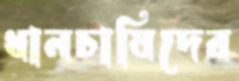
ধানচাষিদের